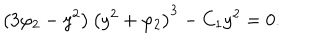
LaTeX: \left( 3 \varphi _ { 2 } - y ^ { 2 } \right) \left( y ^ { 2 } + \varphi _ { 2 } \right) ^ { 3 } - C _ { 1 } y ^ { 2 } = 0 .